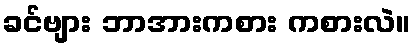
ခင်ဗျား ဘာအားကစား ကစားလဲ။